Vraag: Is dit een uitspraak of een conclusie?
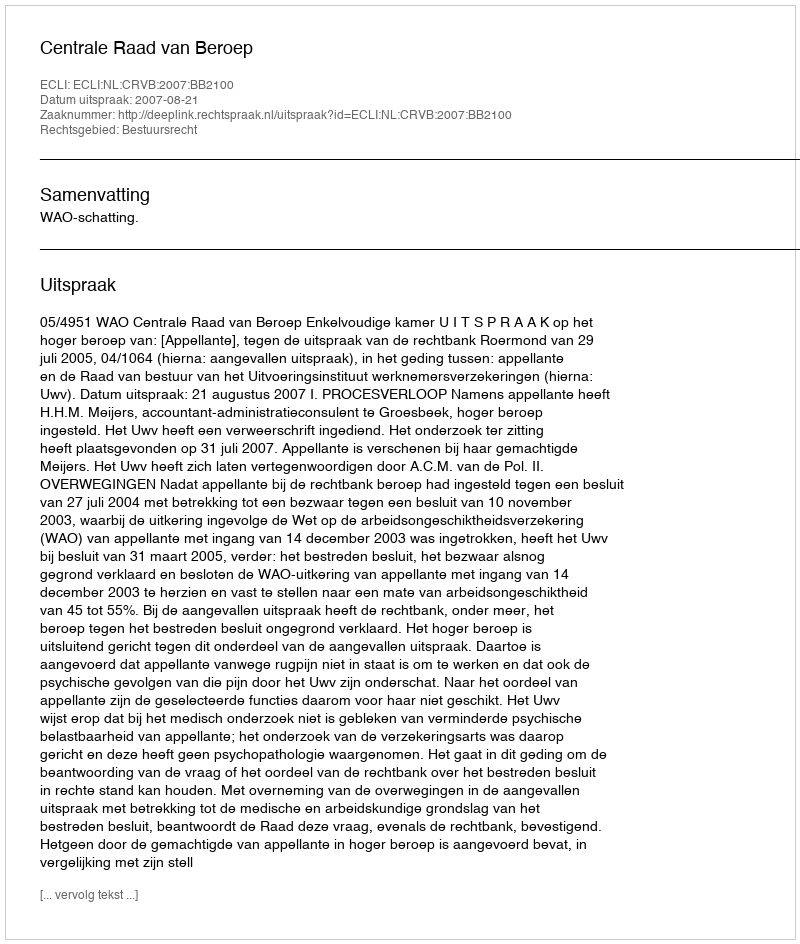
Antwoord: Uitspraak